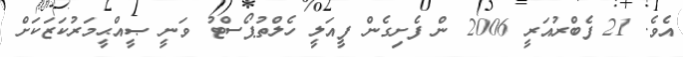
އެވެ. 21 ފެބްރުއަރީ 2006 ން ފެށިގެން ފީއަލީ ހެލްތުޕޯސްޓު ވަނީ ޞީއްޙީމަރުކަޒަކަށް